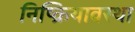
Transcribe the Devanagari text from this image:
निष्क्रियावस्था